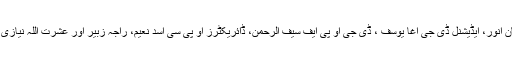
ڈائریکٹر جنرل او پی سی عثمان انور، ایڈیشنل ڈی جی آغا یوسف ، ڈی جی او پی ایف سیف الرحمن، ڈائریکٹرز او پی سی اسد نعیم، راجہ زبیر اور عشرت اللہ نیازی بھی اس موقع پر موجود تھے۔